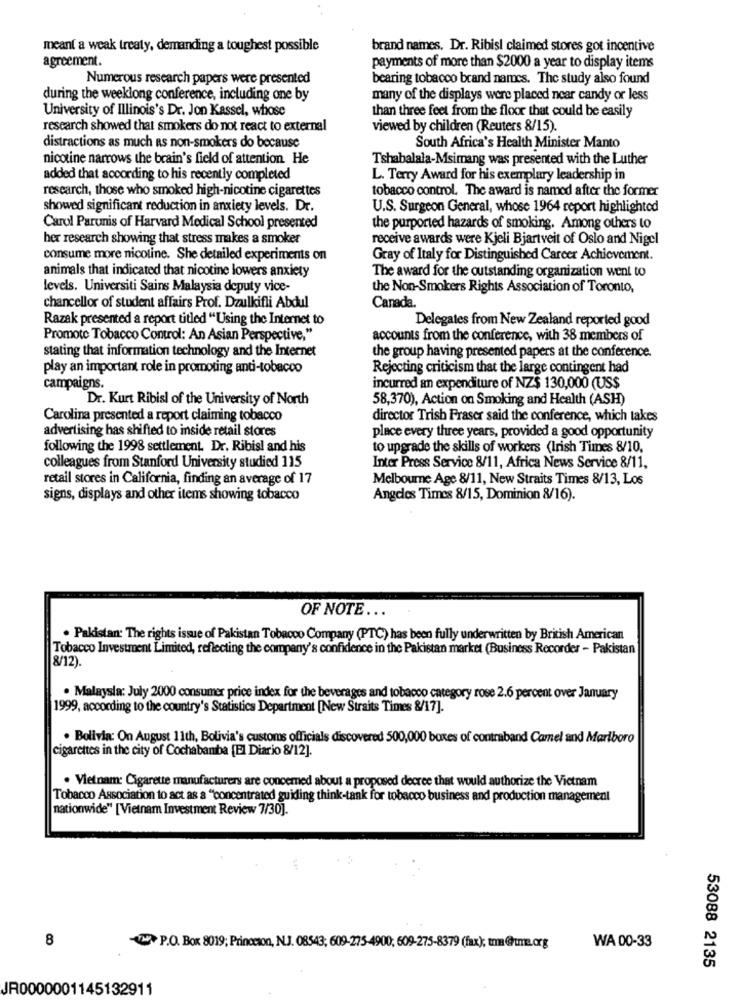
meant a weak treaty, demanding a toughest possible
brand names. Dr. Ribisi claimed stores got incentive
agreement.
payments of more than $2000 a year to display items
Numerous research papers were presented
bearing tobacco brand names. The study also found
during the weeklong conference, including one by
many of the displays were placed near candy or less
University of Illinois's Dr. Jon Kassel, whose
than three feet from the floor that could be easily
research showed that smokers do not react to external
viewed by children (Reuters 8/15).
distractions as much as non-smokers do because
South Africa's Health Minister Manto
nicotine narrows the brain's field of attention He
Tshabalala-Msimang was presented with the Luther
added that according to his recently completed
L. Terry Award for his exemplary leadership in
research, those who smoked high-nicotine cigarettes
tobacco control. The award is named after the former
showed significant reduction in anxiety levels. Dr.
U.S. Surgeon General, whose 1964 report highlighted
Carol Parunis of Harvard Medical School presented
the purported hazards of smoking. Among others to
her research showing that stress makes a smoker
receive awards were Kjeli Bjartveit of Oslo and Nigel
consume more nicotine. She detailed experiments on
Gray of Italy for Distinguished Carcer Achievement.
animals that indicated that nicotine lowers anxiety
The award for the outstanding organization went to
levels. Universiti Sains Malaysia deputy vice-
the Non-Smokers Rights Association of Toronto,
Canada.
chancellor of student affairs Prof. Dzulkifli Abdul
Razak presented a report titled "Using the Internet to
Delegates from New Zealand reported good
Promote Tobacco Control: An Asian Perspective,"
accounts from the conference, with 38 members of
stating that information technology and the Internet
the group having presented papers at the conference.
play an important role in promoting anti-tobacco
Rejecting criticism that the large contingent had
campaigns.
incurred an expenditure of NZ$ 130,000 (US$
Dr. Kurt Ribisl of the University of North
58,370), Action on Smoking and Health (ASH)
Carolina presented a report claiming tobacco
director Trish Fraser said the conference, which takes
advertising has shifted to inside retail stores
place every three years, provided a good opportunity
following the 1998 settlement. Dr. Ribisl and his
to upgrade the skills of workers (Irish Times 8/10,
colleagues from Stanford University studied 115
Inter Press Service 8/11, Africa News Service 8/11,
retail stores in California, finding an average of 17
Melbourne Age 8/11, New Straits Times 8/13, Los
signs, displays and other items showing tobacco
Angeles Times 8/15, Dominion 8/16).
OF NOTE ...
. Pakistan: The rights issue of Pakistan Tobacco Company (PTC) has been fully underwritten by British American
Tobacco Investment Limited, reflecting the company's confidence in the Pakistan market (Business Recorder - Pakistan
8/12).
· Malaysia: July 2000 consumer price index for the beverages and tobacco category rose 2.6 percent over January
1999, according to the country's Statistics Department [New Straits Times 8/17].
. Bolivia: On August 11th, Bolivia's customs officials discovered 500,000 boxes of contraband Camel and Marlboro
cigarettes in the city of Cochabamba [El Diario 8/12].
. Vietnam: Cigarette manufacturers are concerned about a proposed decree that would authorize the Vietnam
Tobacco Association to act as a "concentrated guiding think-tank for tobacco business and production management
nationwide" ['Vietnam Investment Review 7/30].
8
V. P.O. Box 8019; Princeton, NJ. 08543; 609-275-4900; 609-275-8379 (fax); tma @hume.org
WA 00-33
53088 2135
JR0000001145132911